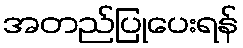
အတည်ပြုပေးရန်